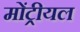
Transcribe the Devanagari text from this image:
मोंट्रीयल